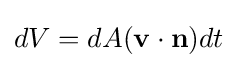
dV=dA(\mathbf {v} \cdot \mathbf {n} )dt